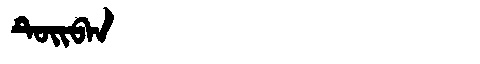
Manchu: ᡨᡠᡳᠪᠠᠨ
Romanization: TUIBAN